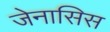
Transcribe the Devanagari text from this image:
जेनासिस